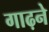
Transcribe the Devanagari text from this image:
गाढ़ने